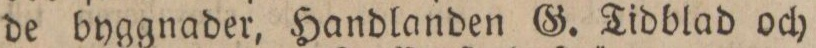
de byggnader, Handlanden G. Tidblad och